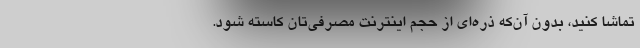
تماشا کنید، بدون آن‌که ذره‌ای از حجم اینترنت مصرفی‌تان کاسته شود.